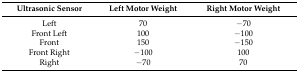
<table><thead><tr><td><b>Ultrasonic Sensor</b></td><td><b>Left Motor Weight</b></td><td><b>Right Motor Weight</b></td></tr></thead><tbody><tr><td>Left</td><td>70</td><td>−70</td></tr><tr><td>Front Left </td><td>100</td><td>−100</td></tr><tr><td>Front</td><td>150</td><td>−150</td></tr><tr><td>Front Right</td><td>−100</td><td>100</td></tr><tr><td>Right</td><td>−70</td><td>70</td></tr></tbody></table>